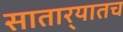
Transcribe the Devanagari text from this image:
सातार्‍यातच